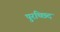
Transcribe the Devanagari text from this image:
पुरच्छिदं